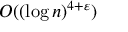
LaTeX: O ( ( \log n ) ^ { 4 + \varepsilon } )